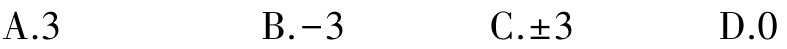
A.3  B.-3  C.±3  D.0